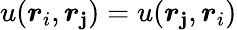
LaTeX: u(\boldsymbol{r}_{i},\boldsymbol{r}_{\mathbf{j}})=u(\boldsymbol{r}_{\mathbf{j}},\boldsymbol{r}_{i})